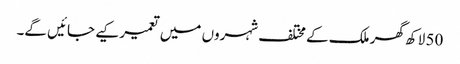
50 لاکھ گھر ملک کے مختلف شہروں میں تعمیر کیے جائیں گے۔